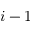
i - 1